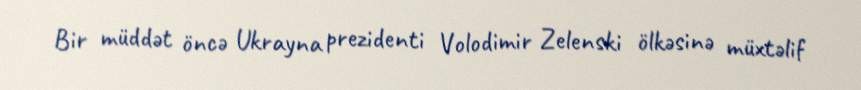
Bir müddət öncə Ukrayna prezidenti Volodimir Zelenski ölkəsinə müxtəlif